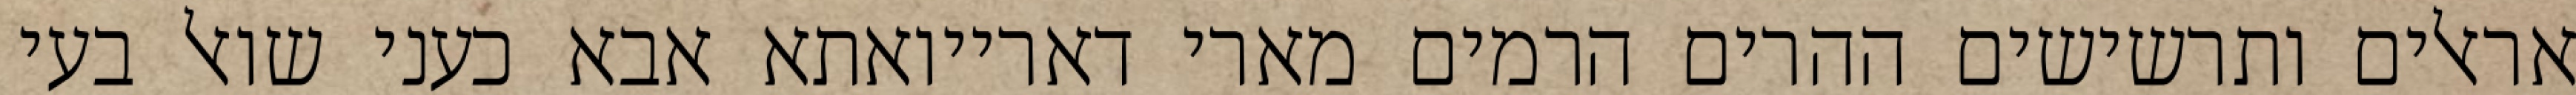
אראלים ותרשישים ההרים הרמים מארי דארייואתא אבא כעני שואל בעי